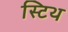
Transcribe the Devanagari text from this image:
स्टिथ